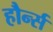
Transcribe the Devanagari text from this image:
हौर्न्स